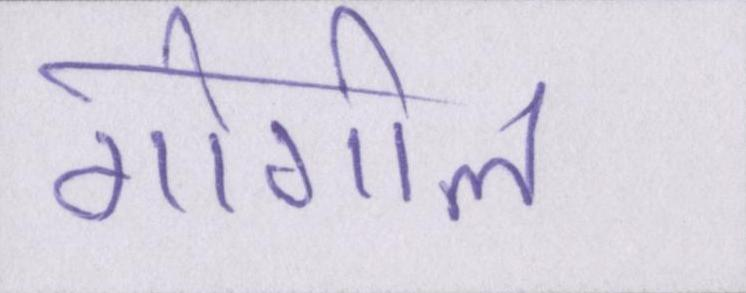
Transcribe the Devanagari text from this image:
गोगोल